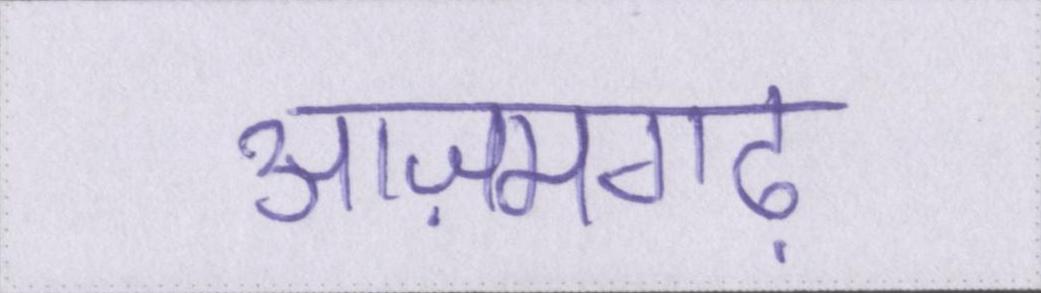
आज़मगढ़